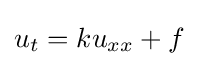
u_{t}=ku_{xx}+f